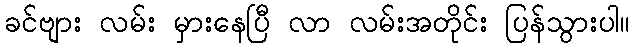
ခင်ဗျား လမ်း မှားနေပြီ လာ လမ်းအတိုင်း ပြန်သွားပါ။